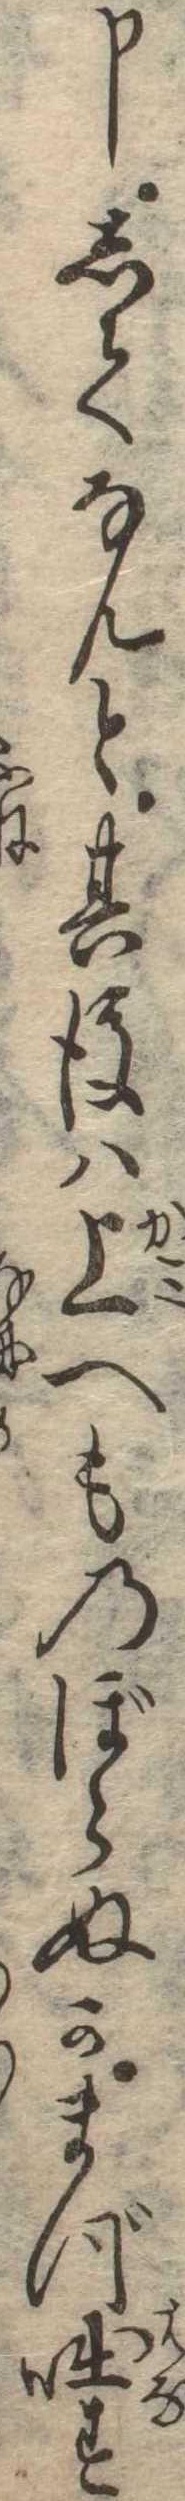
申してなんと其後は上へものぼらぬかまづ咄す